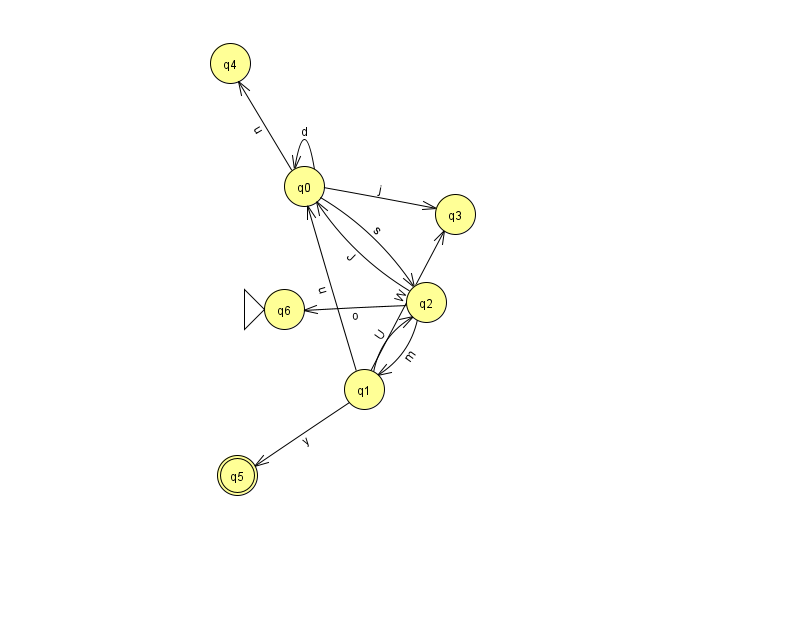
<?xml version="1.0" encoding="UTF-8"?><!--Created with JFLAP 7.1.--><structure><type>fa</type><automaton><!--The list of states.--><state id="0" name="q0"><x>304.0</x><y>173.0</y></state><state id="1" name="q1"><x>364.0</x><y>376.0</y></state><state id="2" name="q2"><x>426.0</x><y>289.0</y></state><state id="3" name="q3"><x>455.0</x><y>201.0</y></state><state id="4" name="q4"><x>230.0</x><y>50.0</y></state><state id="5" name="q5"><x>237.0</x><y>462.0</y><final/></state><state id="6" name="q6"><x>284.0</x><y>296.0</y><initial/></state><!--The list of transitions.--><transition><from>0</from><to>3</to><read>j</read></transition><transition><from>2</from><to>1</to><read>m</read></transition><transition><from>0</from><to>4</to><read>u</read></transition><transition><from>0</from><to>0</to><read>d</read></transition><transition><from>1</from><to>0</to><read>u</read></transition><transition><from>2</from><to>0</to><read>J</read></transition><transition><from>2</from><to>6</to><read>o</read></transition><transition><from>1</from><to>2</to><read>U</read></transition><transition><from>1</from><to>3</to><read>W</read></transition><transition><from>1</from><to>5</to><read>y</read></transition><transition><from>0</from><to>2</to><read>s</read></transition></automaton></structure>